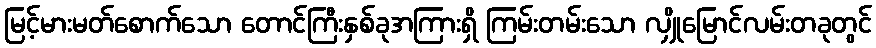
မြင့်မားမတ်စောက်သော တောင်ကြီးနှစ်ခုအကြားရှိ ကြမ်းတမ်းသော လျှိုမြောင်လမ်းတခုတွင်